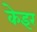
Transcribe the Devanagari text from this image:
केइर